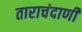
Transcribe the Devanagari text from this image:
ताराचंदाणी